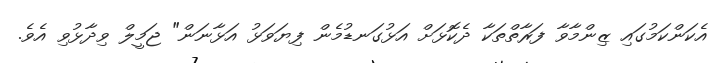
އެކަންކަމުގައި ޒިންމާވާ ފަރާތްތަކާ ދެކޮޅަށް އަޅުގަނޑުމެން ފިޔަވަޅު އަޅާނަން" ޖަމީލް ވިދާޅުވި އެވެ.